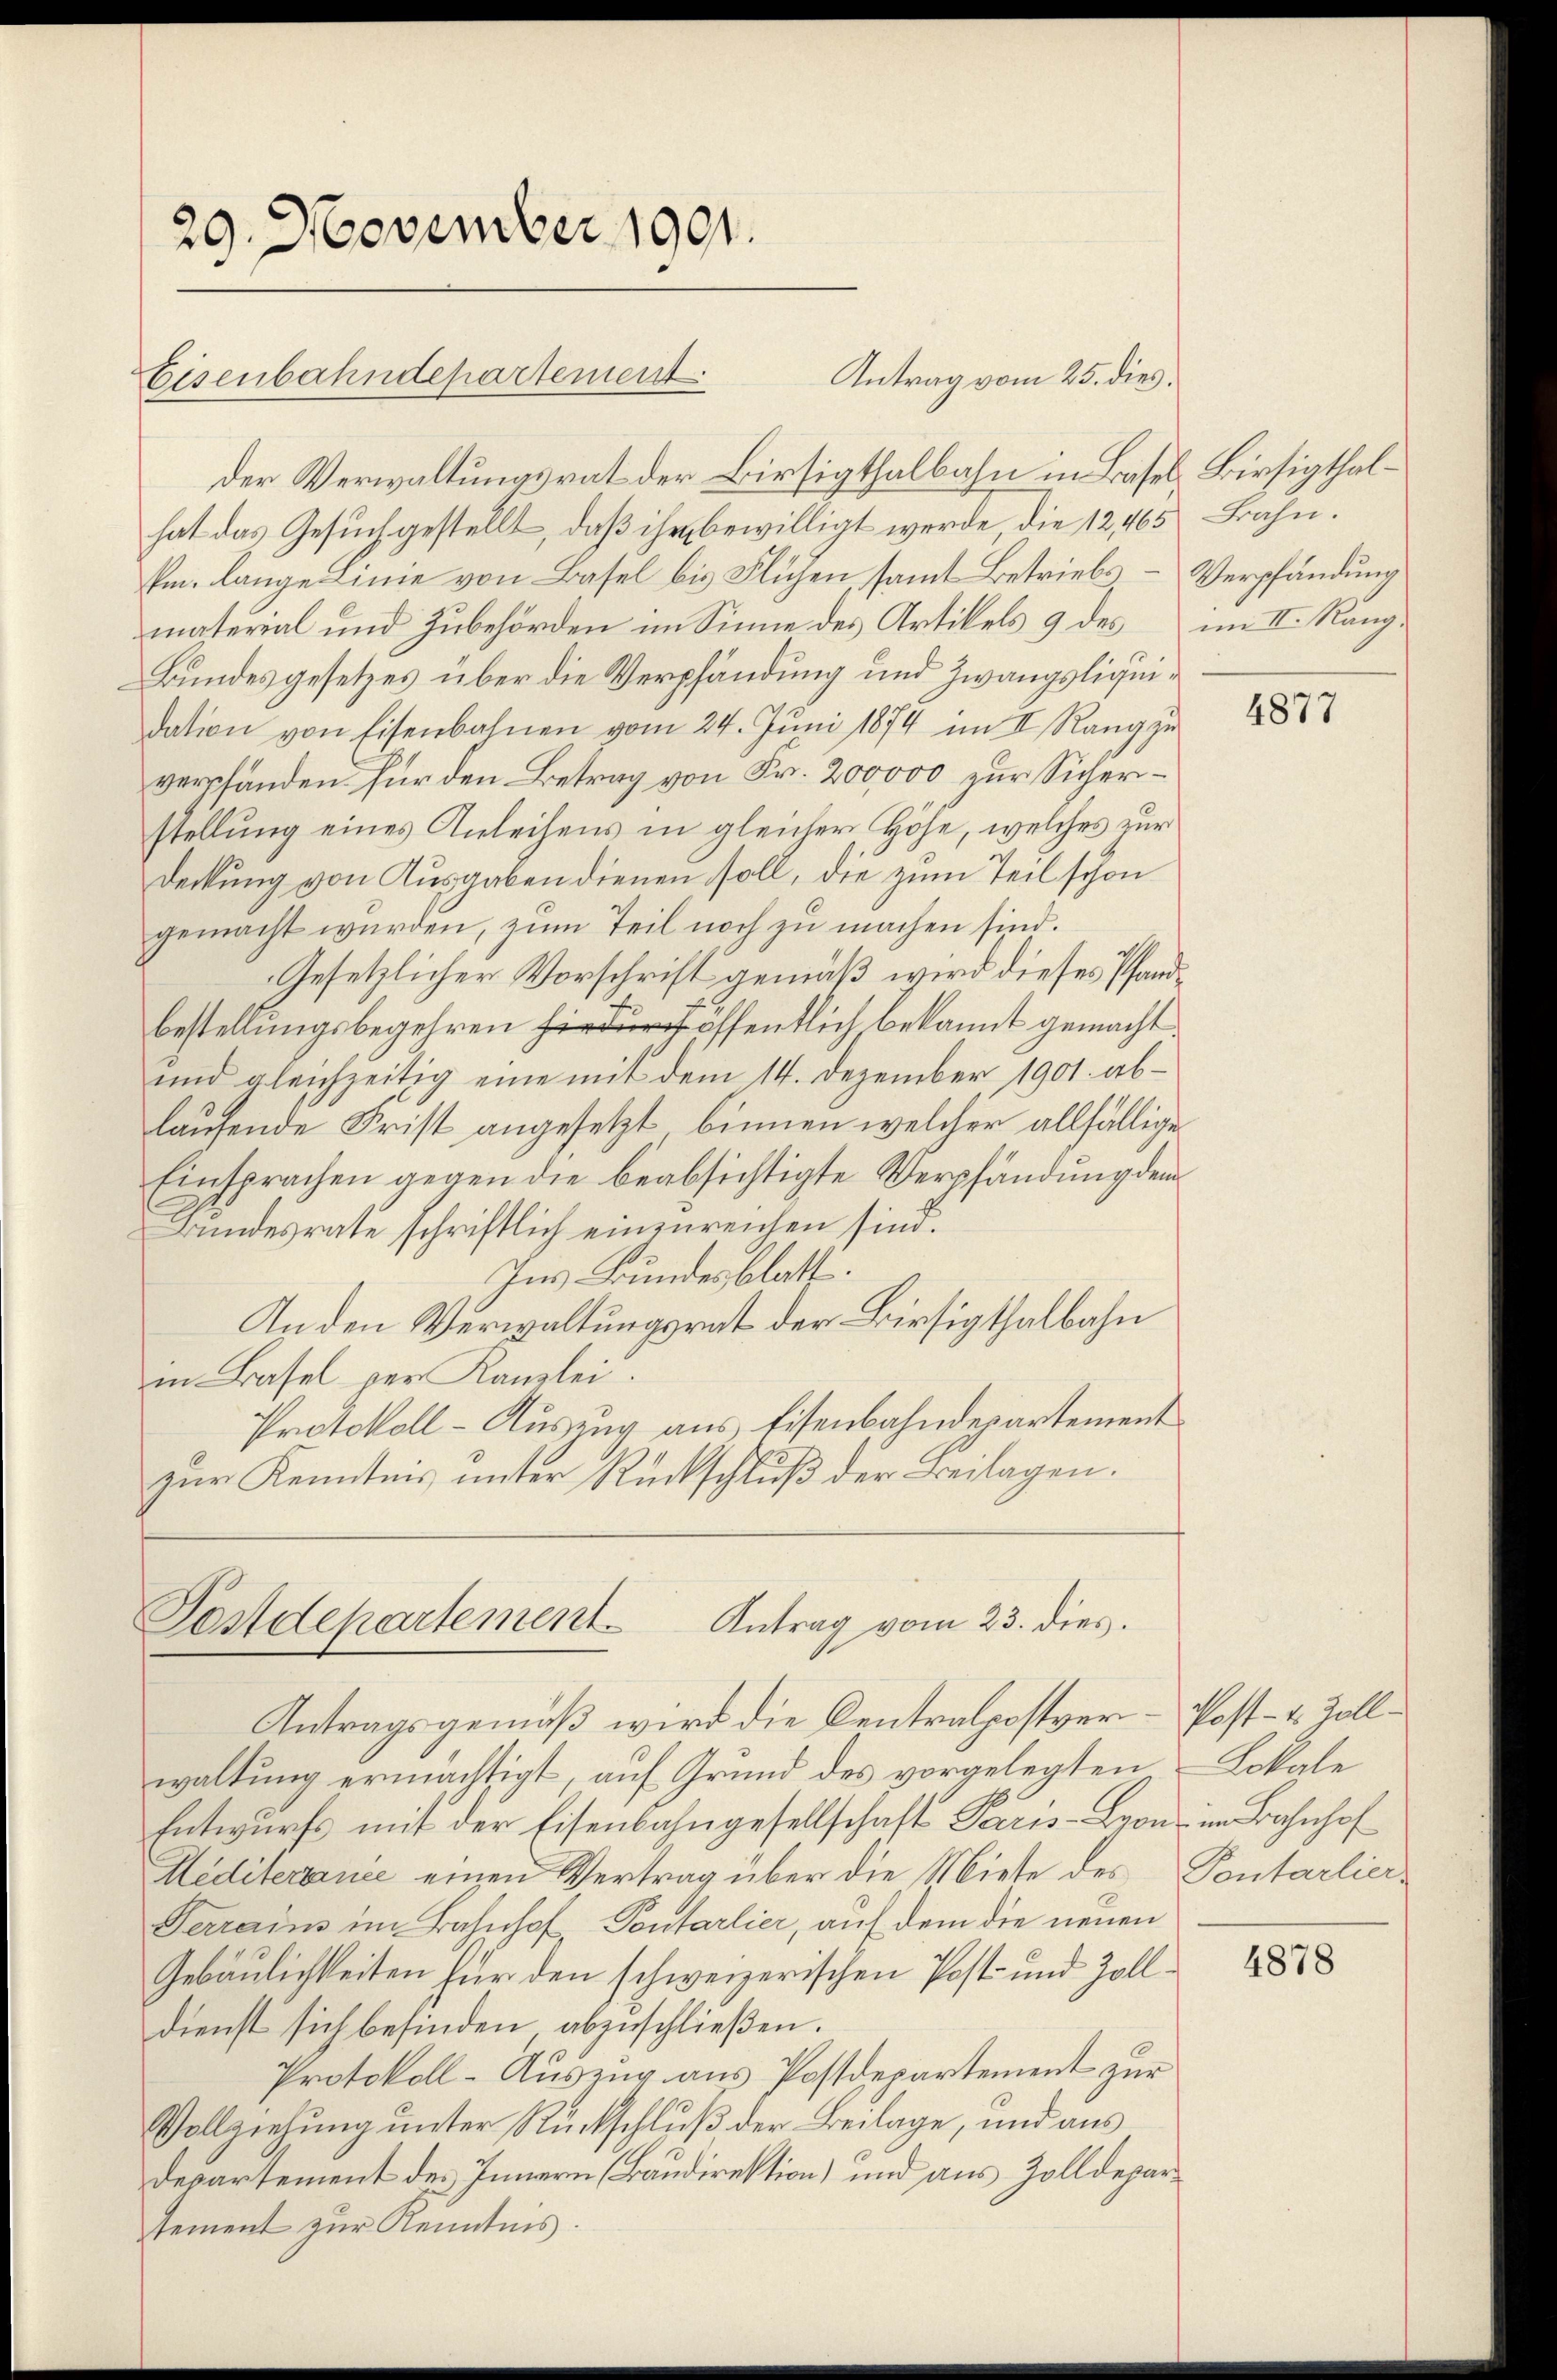
29. November 1901.

Eisenbahndepartement

Antrag vom 25. dies
der Verwaltungsrat der Birsigthalbahn in Basel, Birsigthalhat das Gesuch gestellt, daß ihm bewilligt werde die 12,65 Bahn.
Em. lange Linie von Basel bis Flichen samt Betriebs – Verpfändung
material und Zubehörden im Sinne des Artikels 9 des im II. Rang¬
Bundesgesetzes über die Verpfändung und Zwangsliquidation von Eisenbahnen vom 24. Jŭni 1874 im II. Rang zŭ
verpfanden für den Betrag von Fr. 200000 zur Sicherstellung eines Anleihens in gleicher Hohe, welches zur
Deckung von Ausgaben dienen soll, die zum Teil schon
gemacht wurden, zum Teil noch zu machen sind.
Gesetzlicher Vorschrift gemäß wird dieses Pfandbestellungsbegehren öffentlich bekannt gemacht.
ŭnd gleichzeitig eine mit dem 14. Dezember 1901. ab-
laufende Frist angesetzt, binnen welcher allfällige
Einsprachen gegen die beabsichtigte Verpfändung dem
Bundesrate schriftlich einzureichen sind.
Ins Bundesblatte.
An den Verwaltungsrat der Birsigthalbahn
in Basel per Kanzlei.
Protokoll - Auszug aus Eisenbahndepartement
zur Kenntnis unter Rückschluß der Beilagen.

Postdepartement. Antrag vom 23. dies

Antragsgemäß wird die Centralpostverwaltung ermächtigt, auf Grund des vorgelegten Lokale
Entwurfs mit der Eisenbahngesellschaft Paris - Lyon im Bahnhof
Meditertance einen Vertrag über die Miete des Pontarlier¬
Ferrains im Bahnhof Pontarlier, auf dem die neuen
Gebäulichkeiten für den schweizerischen Post- und Zolldienst sich befinden abzuschließen.
Protokoll-Auszug aus Postdepartement zur
Vollziehung unter Rückschluß der Beilage, und aus
Departement des Innern (Baudirektion) und aus Zolldepartement zur Kenntnis.

4877

Post- u. Zoll-

4878